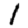
Digit: 1